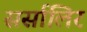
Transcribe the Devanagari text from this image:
सर्सालिर